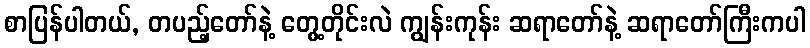
စာပြန်ပါတယ်, တပည့်တော်နဲ့ တွေ့တိုင်းလဲ ကျွန်းကုန်း ဆရာတော်နဲ့ ဆရာတော်ကြီးကပါ